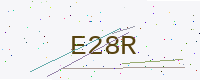
Text: E28R